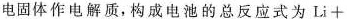
电固体作电解质，构成电池的总反应式为$$L i +